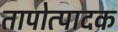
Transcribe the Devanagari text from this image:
तापोत्पादक